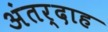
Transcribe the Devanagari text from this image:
अंतर्दाह